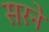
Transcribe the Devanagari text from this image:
सरने